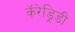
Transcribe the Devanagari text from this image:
कॅरेड्रिडी